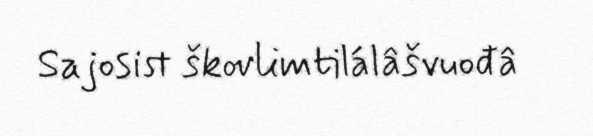
Sajosist škovlimtilálâšvuođâ